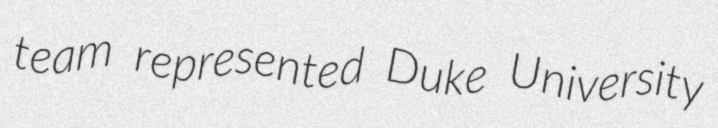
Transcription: team represented Duke University